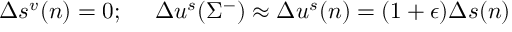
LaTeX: \Delta s ^ { v } ( n ) = 0 ; ~ ~ ~ ~ \Delta u ^ { s } ( \Sigma ^ { - } ) \approx \Delta u ^ { s } ( n ) = ( 1 + \epsilon ) \Delta s ( n )